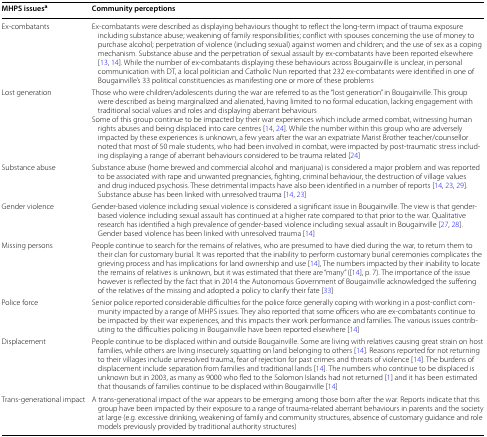
<table><thead><tr><td><b>MHPS issues<sup>a</sup></b></td><td><b>Community perceptions</b></td></tr></thead><tbody><tr><td>Ex-combatants</td><td>Ex-combatants were described as displaying behaviours thought to reflect the long-term impact of trauma exposure including substance abuse; weakening of family responsibilities; conflict with spouses concerning the use of money to purchase alcohol; perpetration of violence (including sexual) against women and children; and the use of sex as a coping mechanism. Substance abuse and the perpetration of sexual assault by ex-combatants have been reported elsewhere [13, 14]. While the number of ex-combatants displaying these behaviours across Bougainville is unclear, in personal communication with DT, a local politician and Catholic Nun reported that 232 ex-combatants were identified in one of Bougainville’s 33 political constituencies as manifesting one or more of these problems</td></tr><tr><td>Lost generation</td><td>Those who were children/adolescents during the war are referred to as the “lost generation” in Bougainville. This group were described as being marginalized and alienated, having limited to no formal education, lacking engagement with traditional social values and roles and displaying aberrant behavioursSome of this group continue to be impacted by their war experiences which include armed combat, witnessing human rights abuses and being displaced into care centres [14, 24]. While the number within this group who are adversely impacted by these experiences is unknown, a few years after the war an expatriate Marist Brother teacher/counsellor noted that most of 50 male students, who had been involved in combat, were impacted by post-traumatic stress including displaying a range of aberrant behaviours considered to be trauma related [24]</td></tr><tr><td>Substance abuse</td><td>Substance abuse (home brewed and commercial alcohol and marijuana) is considered a major problem and was reported to be associated with rape and unwanted pregnancies, fighting, criminal behaviour, the destruction of village values and drug induced psychosis. These detrimental impacts have also been identified in a number of reports [14, 23, 29]. Substance abuse has been linked with unresolved trauma [14, 23]</td></tr><tr><td>Gender violence</td><td>Gender-based violence including sexual violence is considered a significant issue in Bougainville. The view is that gender-based violence including sexual assault has continued at a higher rate compared to that prior to the war. Qualitative research has identified a high prevalence of gender-based violence including sexual assault in Bougainville [27, 28]. Gender based violence has been linked with unresolved trauma [14]</td></tr><tr><td>Missing persons</td><td>People continue to search for the remains of relatives, who are presumed to have died during the war, to return them to their clan for customary burial. It was reported that the inability to perform customary burial ceremonies complicates the grieving process and has implications for land ownership and use [14], The numbers impacted by their inability to locate the remains of relatives is unknown, but it was estimated that there are “many” ([14], p. 7). The importance of the issue however is reflected by the fact that in 2014 the Autonomous Government of Bougainville acknowledged the suffering of the relatives of the missing and adopted a policy to clarify their fate [33]</td></tr><tr><td>Police force</td><td>Senior police reported considerable difficulties for the police force generally coping with working in a post-conflict community impacted by a range of MHPS issues. They also reported that some officers who are ex-combatants continue to be impacted by their war experiences, and this impacts their work performance and families. The various issues contributing to the difficulties policing in Bougainville have been reported elsewhere [14]</td></tr><tr><td>Displacement</td><td>People continue to be displaced within and outside Bougainville. Some are living with relatives causing great strain on host families, while others are living insecurely squatting on land belonging to others [14]. Reasons reported for not returning to their villages include unresolved trauma, fear of rejection for past crimes and threats of violence [14]. The burdens of displacement include separation from families and traditional lands [14]. The numbers who continue to be displaced is unknown but in 2003, as many as 9000 who fled to the Solomon Islands had not returned [1] and it has been estimated that thousands of families continue to be displaced within Bougainville [14]</td></tr><tr><td>Trans-generational impact</td><td>A trans-generational impact of the war appears to be emerging among those born after the war. Reports indicate that this group have been impacted by their exposure to a range of trauma-related aberrant behaviours in parents and the society at large (e.g. excessive drinking, weakening of family and community structures, absence of customary guidance and role models previously provided by traditional authority structures)</td></tr></tbody></table>